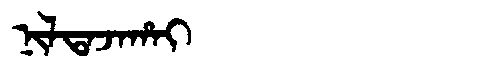
Manchu: ᠨᡳᠯᡨᠠᠵᠠᡥᠠᡳ
Romanization: NILTAJAHAI